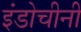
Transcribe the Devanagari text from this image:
इंडोचीनी